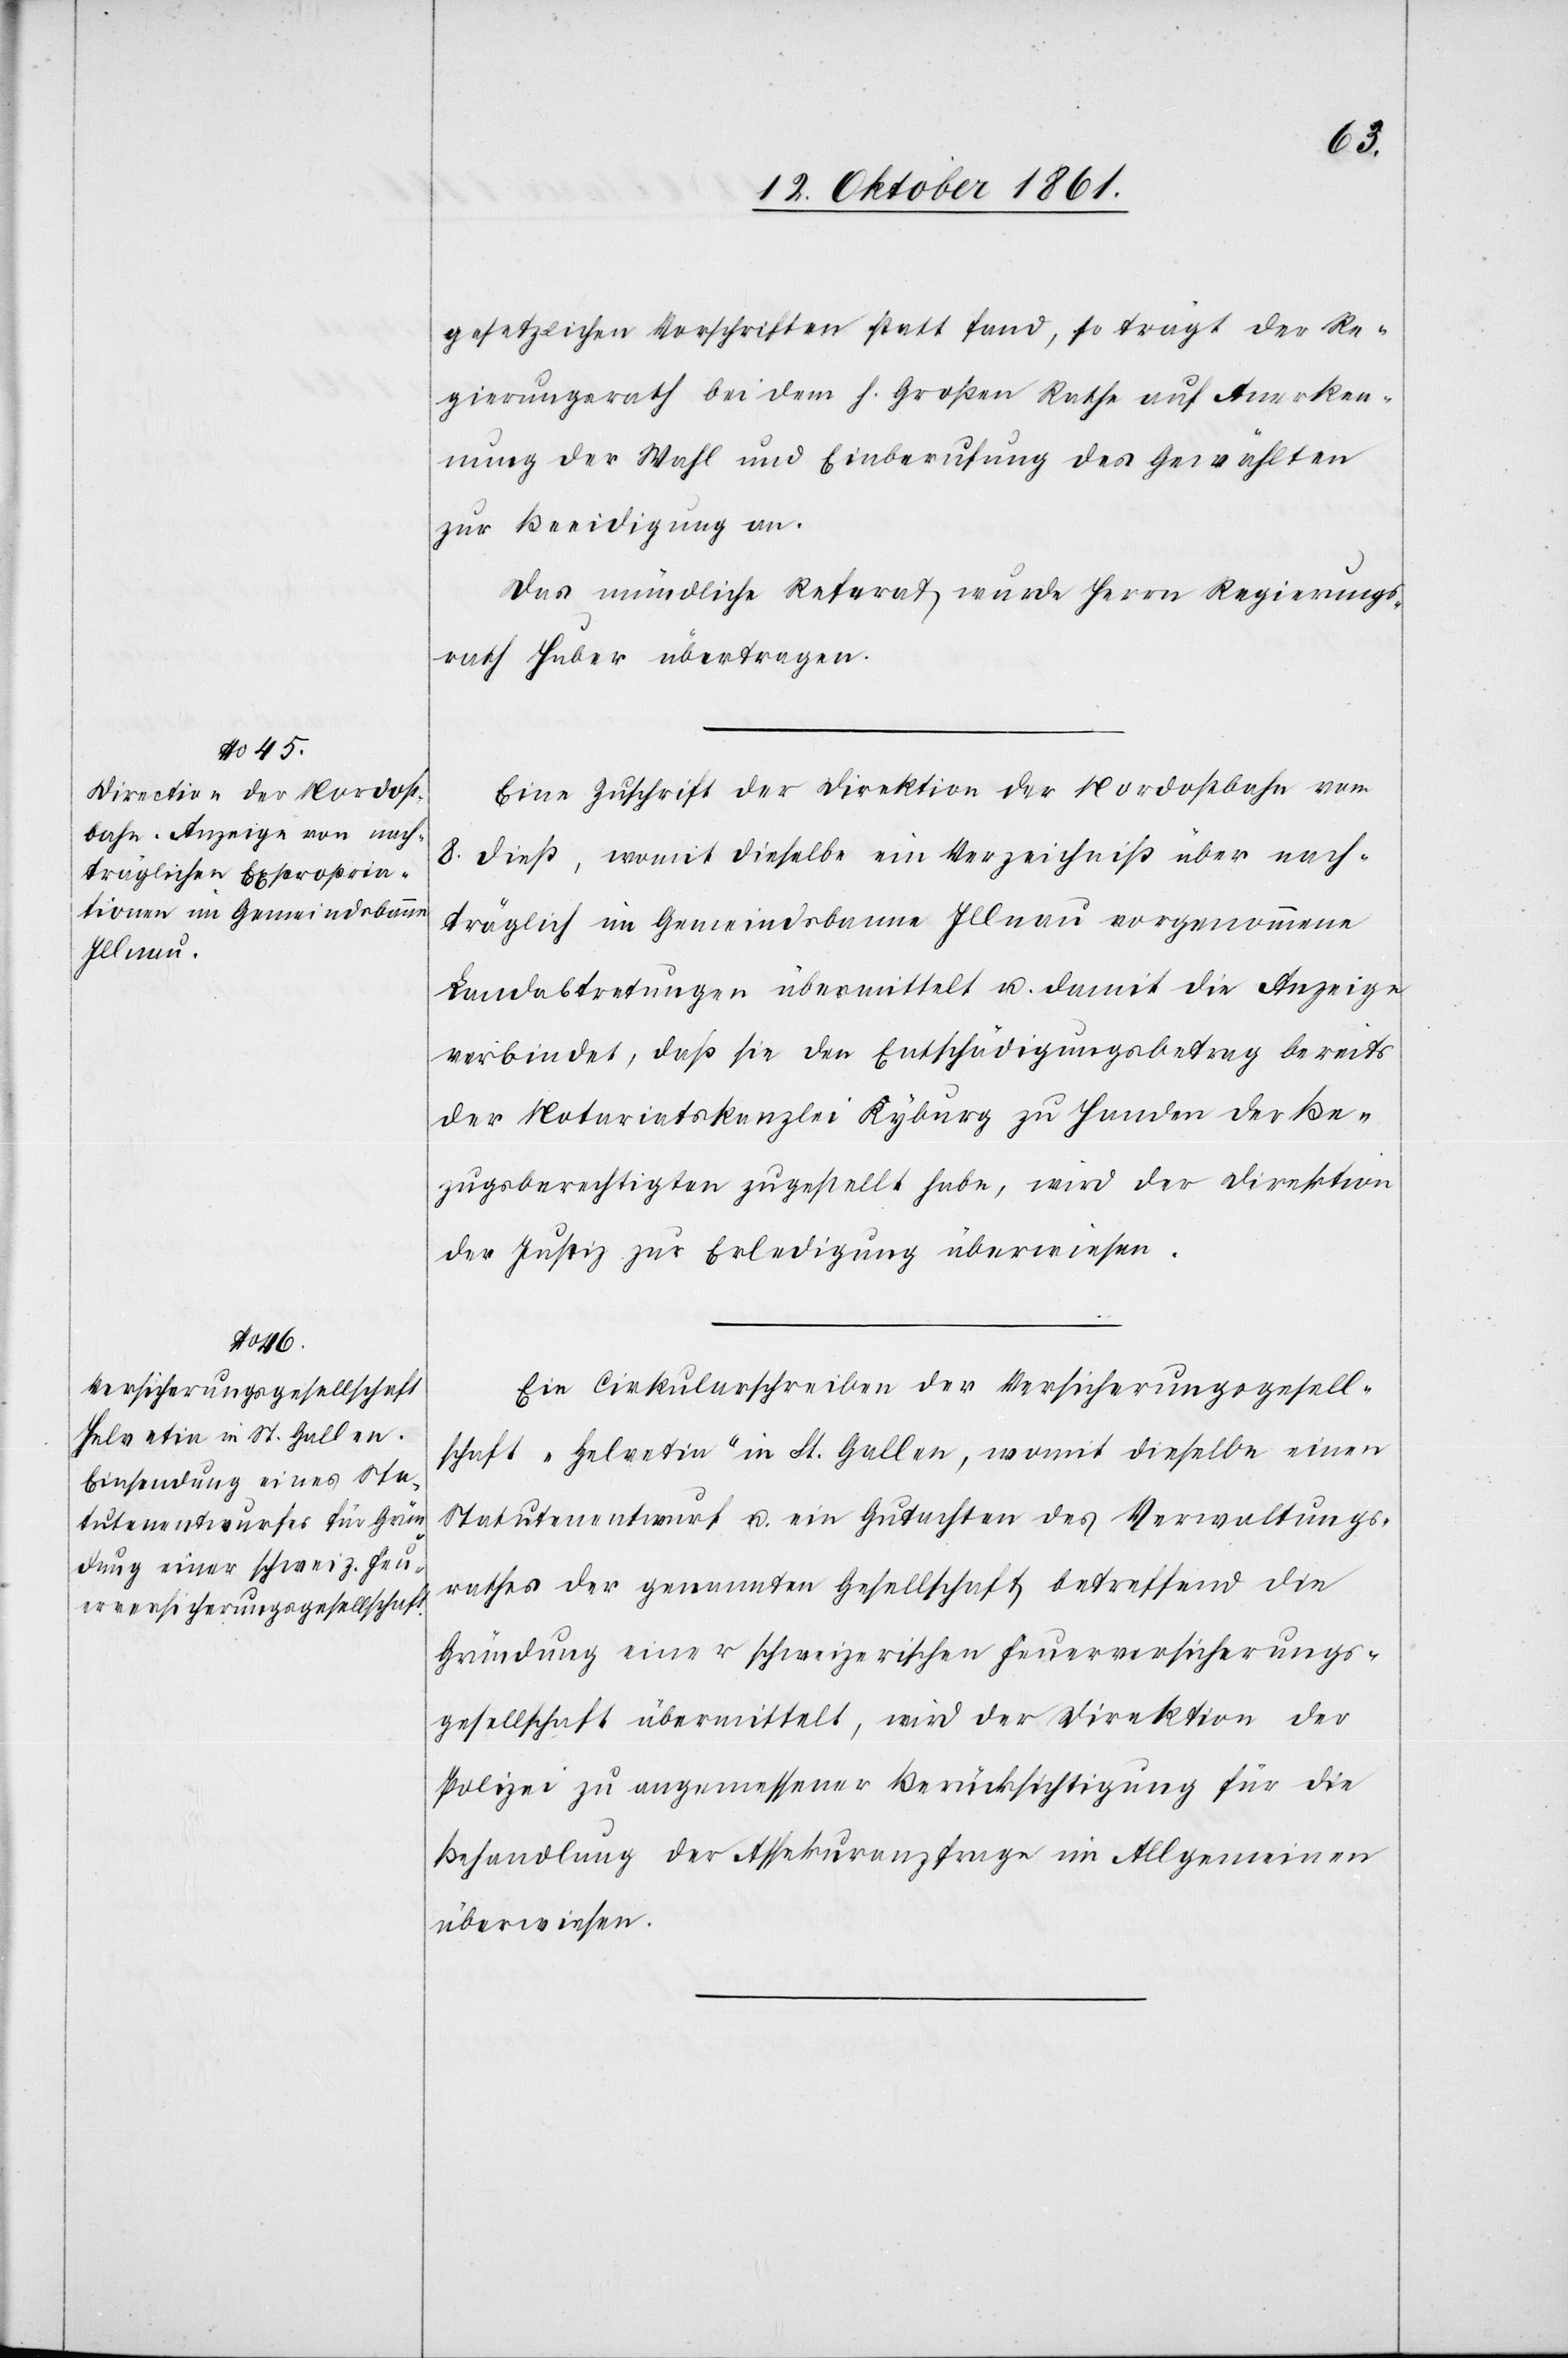
gesetzlichen Vorschriften statt fand, so trägt der Re¬
gierungsrath bei dem h. Großen Rathe auf Anerken¬
nung der Wahl und Einberufung des Gewählten
zu Beeidigung an.
Das mündliche Referat wurde Herrn Regierungs¬
rath Huber übertragen.
Eine Zuschrift der Direktion der Nordostbahn vom
8 dieß, womit dieselbe ein Verzeichniß über nach¬
träglich im Gemeindebanne Illnau vorgenommene
Landabtretungen übermittelt u. damit die Anzeige
verbindet, daß sie den Entschädigungsbetrag bereits
der Notariatskanzlei Kyburg zu Handen der Be¬
zugsberechtigten zugestellt habe, wird der Direktion
der Justiz zur Erledigung überwiesen.
Ein Cirkularschreiben der Versicherungsgesell¬
schaft „Helvetin“ in St. Gallen, womit dieselbe einen
Statutenentwurf u. ein Gutachten des Verwaltungs¬
rathes der genannten Gesellschaft betreffend die
Gründung einer schweizerischen Feuerversicherungs¬
gesellschaft übermittelt, wird der Direktion der
Polizei zu angemessener Berücksichtigung für die
Behandlung der Assekuranzfrage im Allgemeinen
überwiesen.